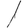
Digit: 1